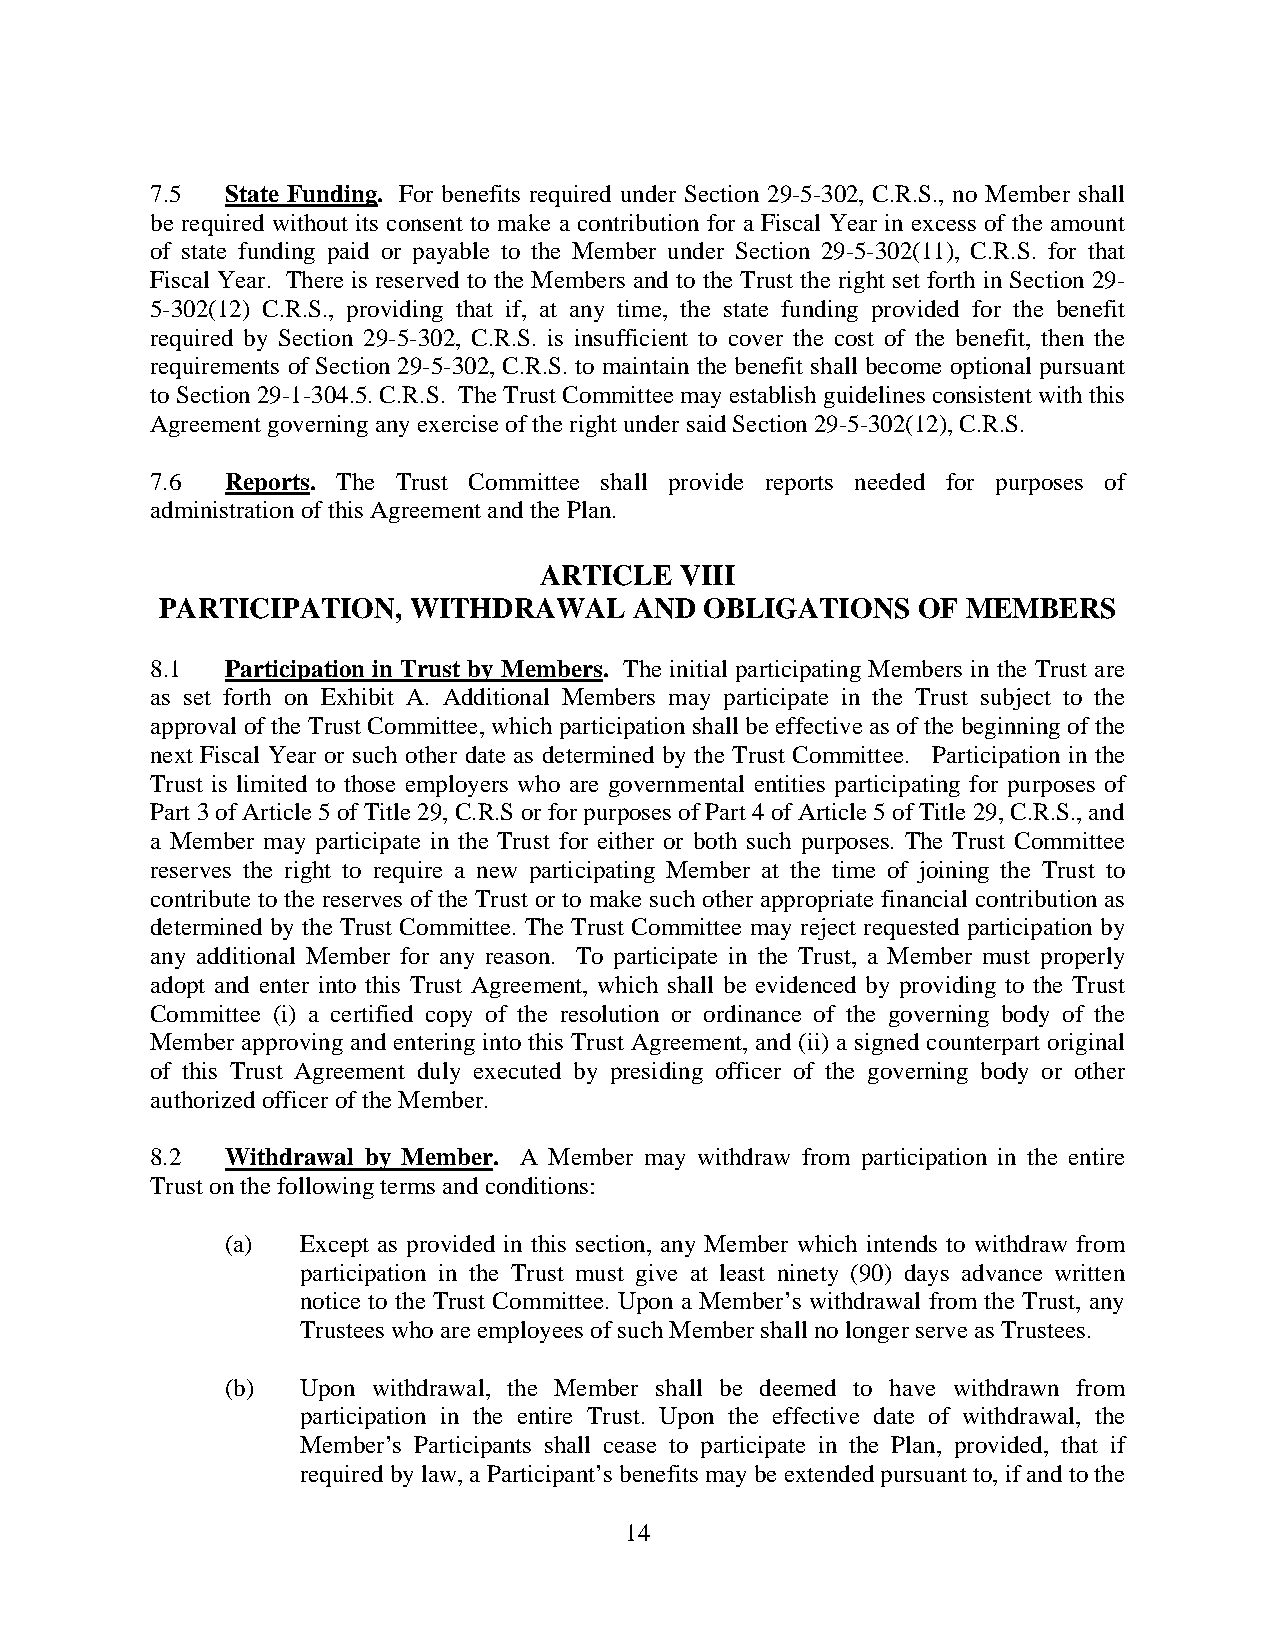
7.5  State Funding. For benefits required under Section 29-5-302, C.R.S., no Member shall
 be required without its consent to make a contribution for a Fiscal Year in excess of the amount
 of state funding paid or payable to the Member under Section 29-5-302(11), C.R.S. for that
 Fiscal Year. There is reserved to the Members and to the Trust the right set forth in Section 29-
 5-302(12) C.R.S., providing that if, at any time, the state funding provided for the benefit
 required by Section 29-5-302, C.R.S. is insufficient to cover the cost of the benefit, then the
 requirements of Section 29-5-302, C.R.S. to maintain the benefit shall become optional pursuant
 to Section 29-1-304.5. C.R.S. The Trust Committee may establish guidelines consistent with this
 Agreement governing any exercise of the right under said Section 29-5-302(12), C.R.S.
 7.6  Reports. The Trust Committee shall provide reports needed for purposes of
 administration of this Agreement and the Plan.
 ARTICLE  VIII
 PARTICIPATION,  WITHDRAWAL     AND  OBLIGATIONS   OF MEMBERS
 8.1  Participation in Trust by Members. The initial participating Members in the Trust are
 as set forth on Exhibit A. Additional Members may participate in the Trust subject to the
 approval of the Trust Committee, which participation shall be effective as of the beginning of the
 next Fiscal Year or such other date as determined by the Trust Committee. Participation in the
 Trust is limited to those employers who are governmental entities participating for purposes of
 Part 3 of Article 5 of Title 29, C.R.S or for purposes of Part 4 of Article 5 of Title 29, C.R.S., and
 a Member may participate in the Trust for either or both such purposes. The Trust Committee
 reserves the right to require a new participating Member at the time of joining the Trust to
 contribute to the reserves of the Trust or to make such other appropriate financial contribution as
 determined by the Trust Committee. The Trust Committee may reject requested participation by
 any additional Member for any reason. To participate in the Trust, a Member must properly
 adopt and enter into this Trust Agreement, which shall be evidenced by providing to the Trust
 Committee (i) a certified copy of the resolution or ordinance of the governing body of the
 Member approving and entering into this Trust Agreement, and (ii) a signed counterpart original
 of this Trust Agreement duly executed by presiding officer of the governing body or other
 authorized officer of the Member.
 8.2  Withdrawal by Member. A Member may withdraw from participation in the entire
 Trust on the following terms and conditions:
 (a)  Except as provided in this section, any Member which intends to withdraw from
 participation in the Trust must give at least ninety (90) days advance written
 notice to the Trust Committee. Upon a Member’s withdrawal from the Trust, any
 Trustees who are employees of such Member shall no longer serve as Trustees.
 (b)  Upon withdrawal, the Member shall be deemed to have withdrawn from
 participation in the entire Trust. Upon the effective date of withdrawal, the
 Member’s Participants shall cease to participate in the Plan, provided, that if
 required by law, a Participant’s benefits may be extended pursuant to, if and to the
 14